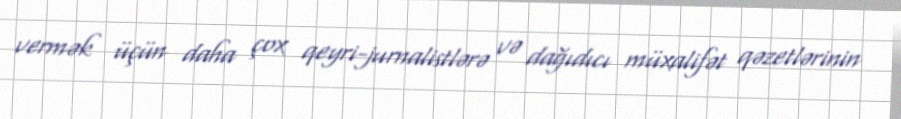
vermək üçün daha çox qeyri-jurnalistlərə və dağıdıcı müxalifət qəzetlərinin